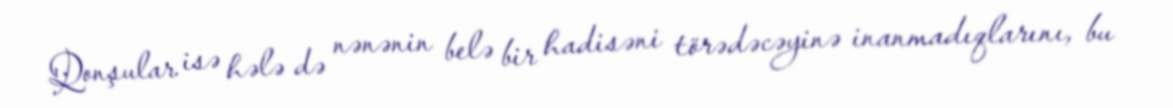
Qonşular isə hələ də nənənin belə bir hadisəni törədəcəyinə inanmadıqlarını, bu